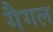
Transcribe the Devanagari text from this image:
गैगल